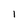
Character: l